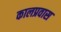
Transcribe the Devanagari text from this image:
कालप्रवास